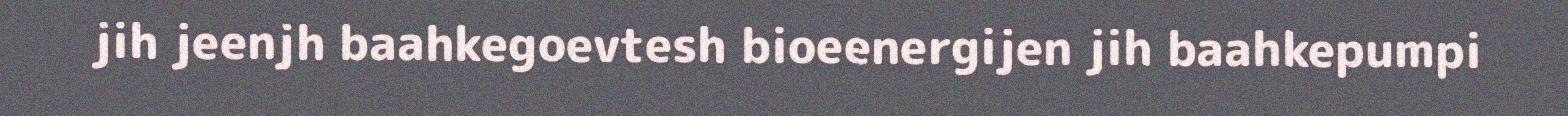
jih jeenjh baahkegoevtesh bioeenergijen jih baahkepumpi